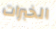
الخبرات